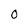
Character: O